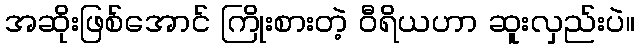
အဆိုးဖြစ်အောင် ကြိုးစားတဲ့ ဝီရိယဟာ ဆူးလှည်းပဲ။